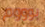
بوووم